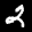
Label: 2